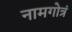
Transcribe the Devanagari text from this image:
नामगोत्रं